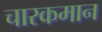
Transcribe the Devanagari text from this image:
चारकमान